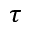
\tau